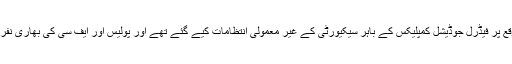
سماعت کے موقع پر فیڈرل جوڈیشل کمپلیکس کے باہر سیکیورٹی کے غیر معمولی انتظامات کیے گئے تھے اور پولیس اور ایف سی کی بھاری نفری تعینات تھی ۔